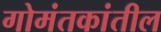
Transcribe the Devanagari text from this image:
गोमंतकांतील